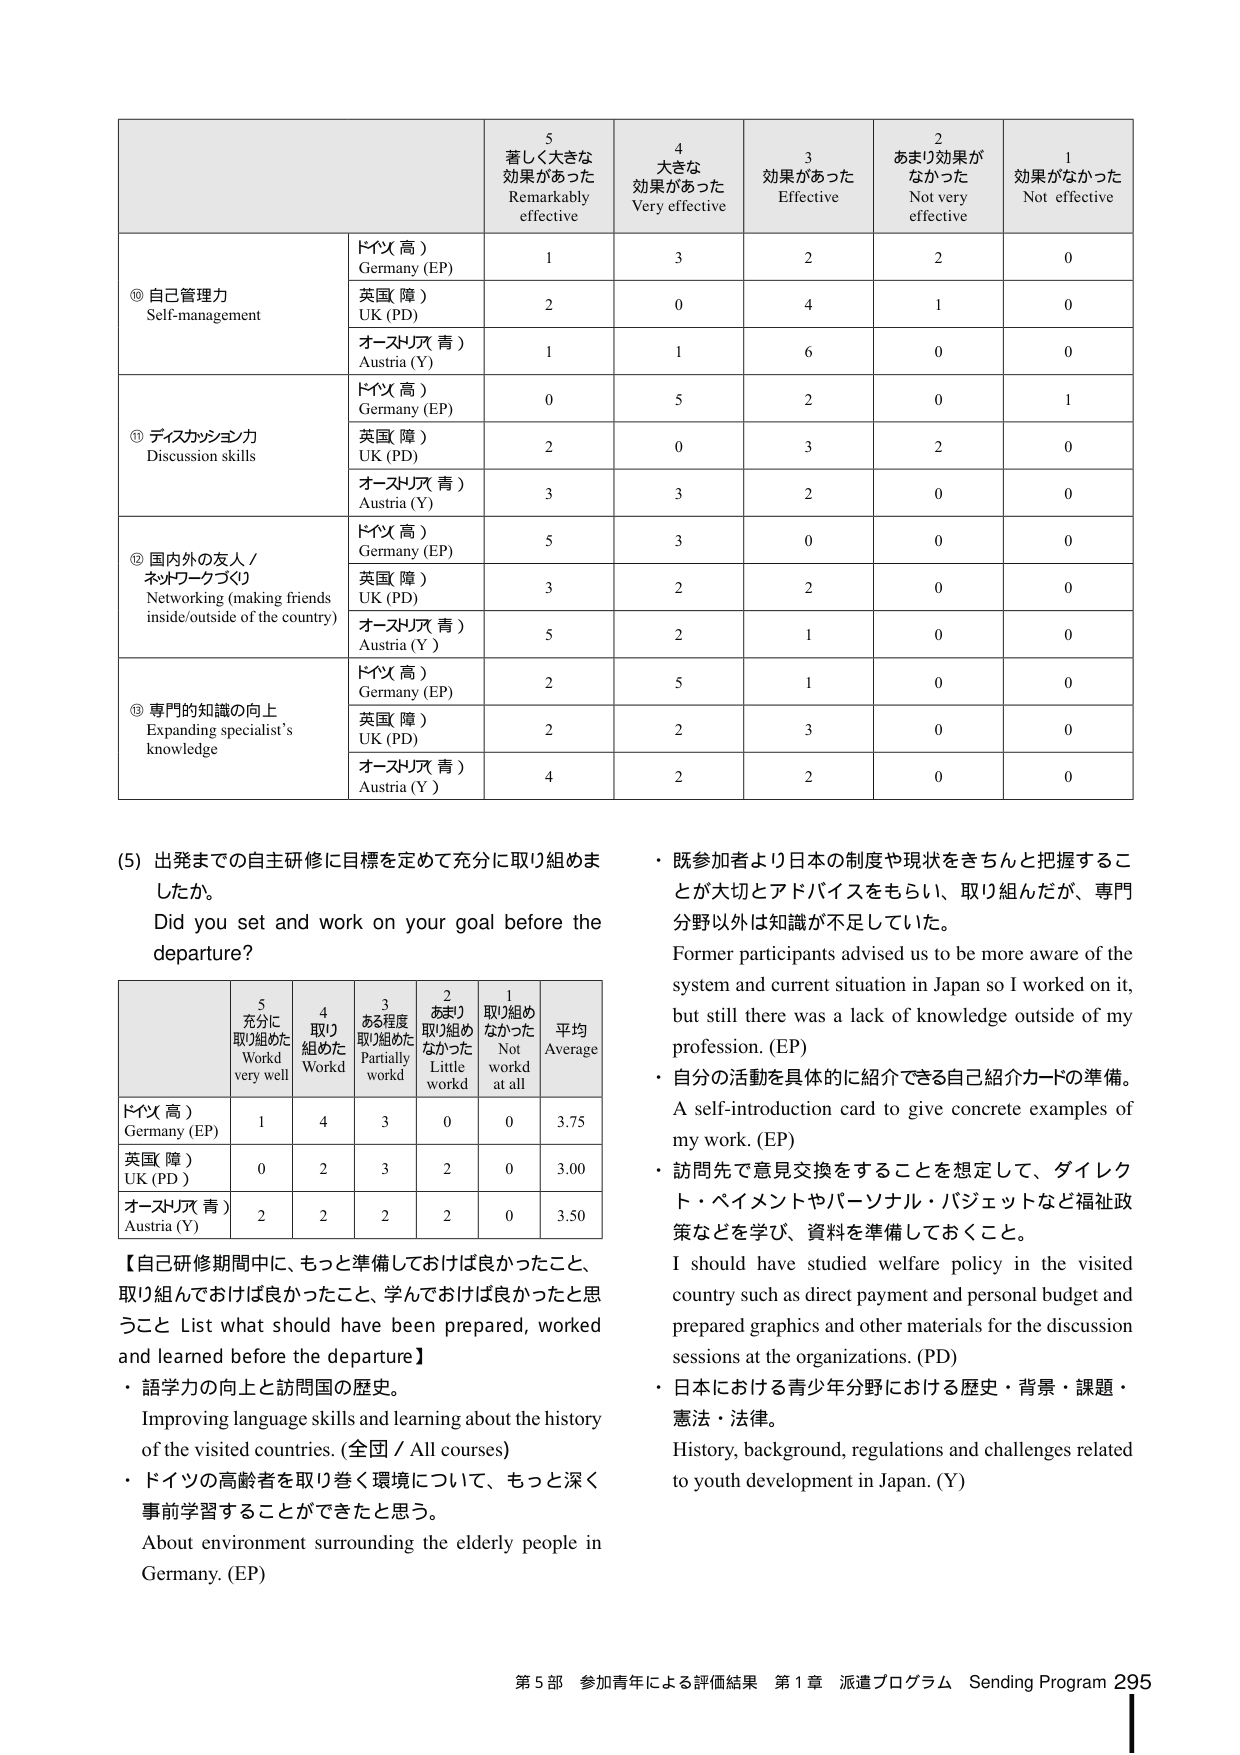
5
著しく大きな
効果があった
Remarkably
effective

4
大きな
効果があった
Very effective

3
効果があった
Effective

2
あまり効果が
なかった
Not very
effective

1
効果がなかった
Not effective

⑩ 自己管理力
Self-management

ドイツ（高）
Germany (EP)
1
3
2
2
0

英国（障）
UK (PD)
2
0
4
1
0

オーストリア（青）
Austria (Y)
1
1
6
0
0

⑪ ディスカッション力
Discussion skills

ドイツ（高）
Germany (EP)
0
5
2
0
1

英国（障）
UK (PD)
2
0
3
2
0

オーストリア（青）
Austria (Y)
3
3
2
0
0

⑫ 国内外の友人 /
ネットワークづくり
Networking (making friends
inside/outside of the country)

ドイツ（高）
Germany (EP)
5
3
0
0
0

英国（障）
UK (PD)
3
2
2
0
0

オーストリア（青）
Austria (Y)
5
2
1
0
0

⑬ 専門的知識の向上
Expanding specialist’s
knowledge

ドイツ（高）
Germany (EP)
2
5
1
0
0

英国（障）
UK (PD)
2
2
3
0
0

オーストリア（青）
Austria (Y)
4
2
2
0
0

(5) 出発までの自主研修に目標を定めて充分に取り組めましたか。
Did you set and work on your goal before the departure?

5
充分に
取り組めた
Worked
very well

4
取り
組めた
Worked

3
ある程度
取り組めた
Partially
worked

2
あまり
取り組め
なかった
Little
worked

1
取り組め
なかった
Not
worked
at all

平均
Average

ドイツ（高）
Germany (EP)
1
4
3
0
0
3.75

英国（障）
UK (PD)
0
2
3
2
0
3.00

オーストリア（青）
Austria (Y)
2
2
2
2
0
3.50

【自己研修期間中に、もっと準備しておけば良かったこと、
取り組んでおけば良かったこと、学んでおけば良かったと思うこと
List what should have been prepared, worked and learned before the departure】

・語学力の向上と訪問国の歴史。
Improving language skills and learning about the history
of the visited countries. (全国／All courses)

・ドイツの高齢者を取り巻く環境について、もっと深く
事前学習することができたと思う。
About environment surrounding the elderly people in
Germany. (EP)

・既参加者より日本の制度や現状をきちんと把握するこ
とが大切とアドバイスをもらい、取り組んだが、専門
分野以外は知識が不足していた。
Former participants advised us to be more aware of the
system and current situation in Japan so I worked on it,
but still there was a lack of knowledge outside of my
profession. (EP)

・自分の活動を具体的に紹介できる自己紹介カードの準備。
A self-introduction card to give concrete examples of
my work. (EP)

・訪問先で意見交換をすることを想定して、ダイレクト・ペイメントやパーソナル・バジェットなど福祉政策などを学び、資料を準備しておくこと。
I should have studied welfare policy in the visited
country such as direct payment and personal budget and
prepared graphics and other materials for the discussion
sessions at the organizations. (PD)

・日本における青少年分野における歴史・背景・課題・
憲法・法律。
History, background, regulations and challenges related
to youth development in Japan. (Y)

第5部 参加青年による評価結果 第1章 派遣プログラム Sending Program 295